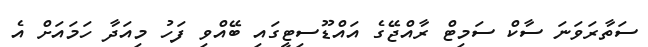
ސަތާރަވަނަ ސާކް ސަމިޓް ރާއްޖޭގެ އައްޑޫސިޓީގައި ބޭއްވި ފަހު މިއަދާ ހަމައަށް އެ